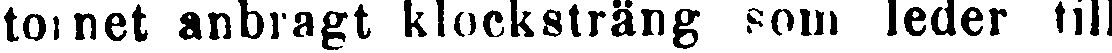
tornet anbragt klocksträng som leder till